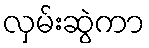
လှမ်းဆွဲကာ